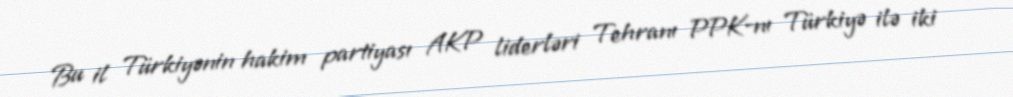
Bu il Türkiyənin hakim partiyası AKP liderləri Tehranı PPK-nı Türkiyə ilə iki